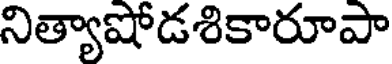
నిత్యాషోడశికారూపా